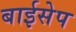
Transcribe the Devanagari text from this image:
बाईसेप